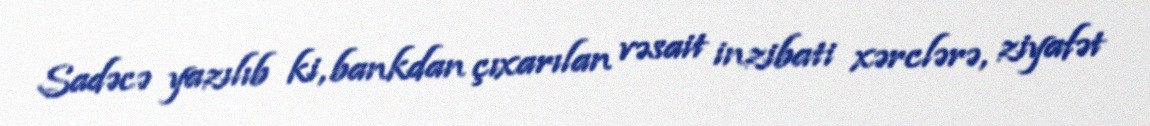
Sadəcə yazılıb ki, bankdan çıxarılan vəsait inzibati xərclərə, ziyafət